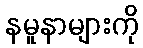
နမူနာများကို